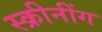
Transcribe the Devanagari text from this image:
स्क्रीनींग